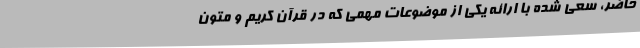
حاضر، سعی شده با ارائه یکی از موضوعات مهمی که در قرآن کریم و متون